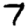
Digit: 7